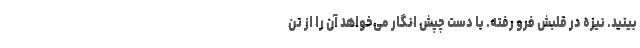
بینید. نیزه در قلبش فرو رفته. با دست چپش انگار می‌خواهد آن را از تن